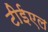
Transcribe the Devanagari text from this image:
टीईएल